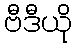
ဗီဒီယို